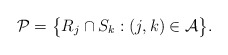
\begin{align*}{\mathcal P}=\bigl\{R_j\cap S_k: (j,k)\in {\mathcal A} \bigr\}.\end{align*}